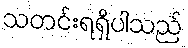
သတင်းရရှိပါသည်